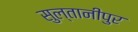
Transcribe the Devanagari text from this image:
सुल्तानीपुर